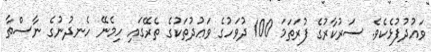
ވައުދުފުޅެކެވެ. ސަރުކާރުގެ ފުރަތަމަ 100 ދުވަހުގެ ވަޢުދުތަކުގެ ތެރޭގައި ހިމެނޭ ހެނދުނުގެ ނާސްތާ